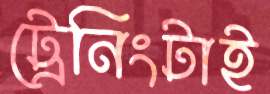
ট্রেনিংটাই